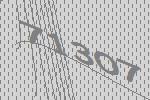
71307